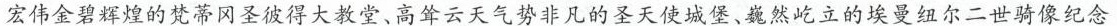
宏伟金碧辉煌的梵蒂冈圣彼得大教堂、高耸云天气势非凡的圣天使城堡、巍然屹立的埃曼纽尔二世骑像纪念